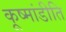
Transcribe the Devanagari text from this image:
कूष्मांडीति